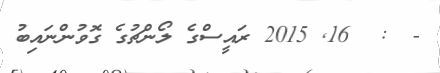
-  :  16